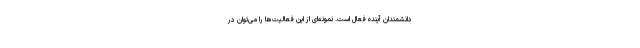
دانشمندان آینده فعال است. نمونه‌ای از این فعالیت‌ها را می‌توان در